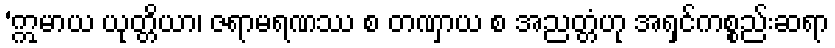
‘ဣမာယ ယုတ္တိယာ၊ ဇရာမရဏဿ စ တဏှာယ စ အညတ္တံဟု အရှင်ကစ္စည်းဆရာ